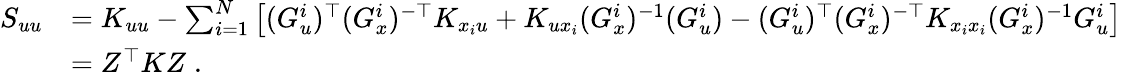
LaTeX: \begin{array}{rl}{S_{uu}}&{=K_{uu}-\sum_{i=1}^{N}\big[(G_{u}^{i})^{\top}(G_{x}^{i})^{-\top}K_{x_{i}u}+K_{ux_{i}}(G_{x}^{i})^{-1}(G_{u}^{i})-(G_{u}^{i})^{\top}(G_{x}^{i})^{-\top}K_{x_{i}x_{i}}(G_{x}^{i})^{-1}G_{u}^{i}\big]}\\ &{=Z^{\top}KZ\; .}\end{array}